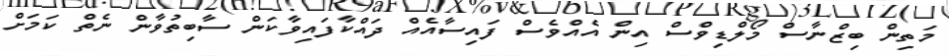
މަތިން ބިޒްނާސް މޯލްޑިވްސް އިން އެއްވެސް ފައިސާއެއް ދައްކާފައިވާކަން ސާބިތުވާން ނެތް ކަމަށް